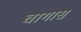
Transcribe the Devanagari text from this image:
चागास